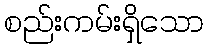
စည်းကမ်းရှိသော